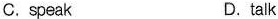
C. speak D.talk